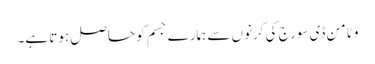
وٹامن ڈی سورج کی کرنوں سے ہمارے جسم کو حاصل ہوتا ہے۔